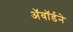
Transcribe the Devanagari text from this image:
अॅवॉर्डने